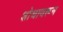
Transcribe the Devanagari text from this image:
शोधावरून